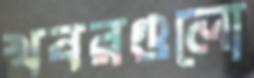
খবরগুলো